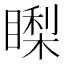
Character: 𥊈